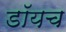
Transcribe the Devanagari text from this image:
डॉयच